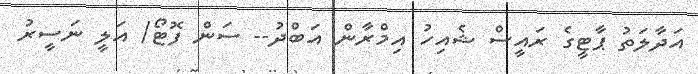
އަދާލަތު ޕާޓީގެ ރައީސް ޝެއިހު އިމްރާން އަބްދު-- ސަން ފޮޓޯ/ އަލީ ނަސީރު